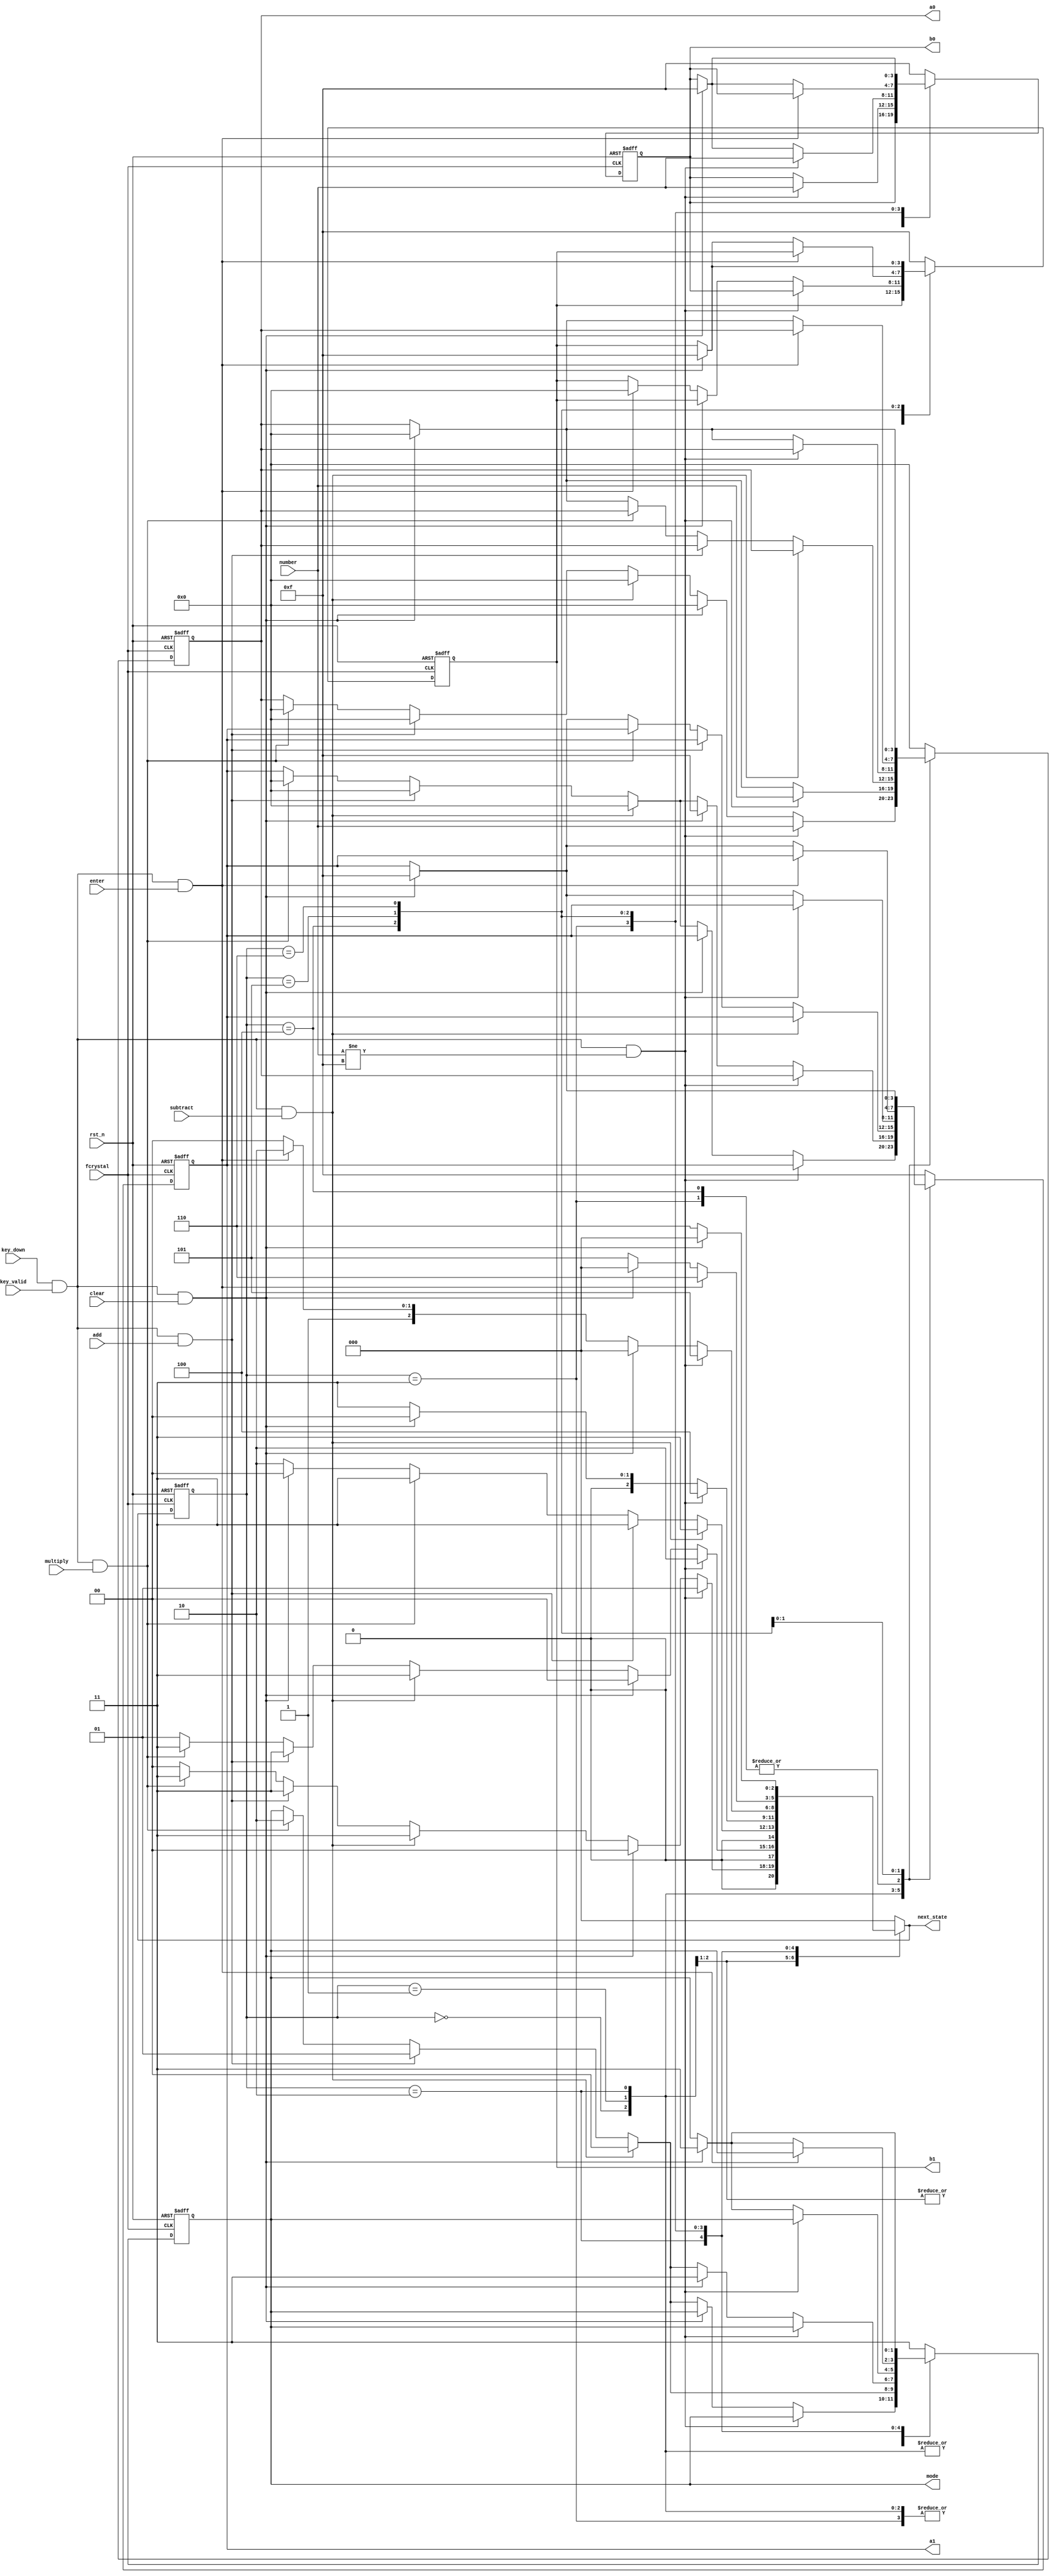
`timescale 1ns / 1ps
//////////////////////////////////////////////////////////////////////////////////
// Company: 
// Engineer: 
// 
// Design Name: 
// Module Name: FSM
// Project Name: 
// Target Devices: 
// Tool Versions: 
// Description: 
// 
// Dependencies: 
// 
// Revision:
// Revision 0.01 - File Created
// Additional Comments:
// 
//////////////////////////////////////////////////////////////////////////////////

`define IN_A0 3'd0
`define IN_A1 3'd1
`define A_DONE 3'd2
`define MODE  3'd3
`define IN_B0 3'd4
`define B_DONE 3'd5
`define ENTER 3'd6


`define M_S 2'd0
`define M_A 2'd1
`define M_M 2'd2 
`define M_N 2'd3 // NONE

module FSM(
    input fcrystal,
    input rst_n,
    input key_valid,
    input [511:0] key_down,
    input [3:0] number,
    input add,
    input subtract,
    input multiply,
    input enter,
    input clear,
    output reg [3:0] a0,
    output reg [3:0] a1,
    output reg [3:0] b0,
    output reg [3:0] b1,
    output reg [1:0] mode,
    output reg [2:0] next_state
    );
    
    reg [2:0] state;
    reg [1:0] mode_t;
    reg [3:0] a0_t, a1_t, b0_t, b1_t;
    
    always @* begin
        
        case (state)
            `IN_A0: begin
                if (key_down && key_valid && number != 4'd15) begin
                    a0_t = number;
                    a1_t = a1;
                    b0_t = b0;
                    b1_t = b1;
                    mode_t = mode;
                    next_state = `IN_A1;
                end
                else if (key_down && key_valid && clear) begin
                    a0_t = 4'd0;
                    a1_t = a1;
                    b0_t = b0;
                    b1_t = b1;
                    mode_t = mode;
                    next_state = `IN_A0;
                end
                else if (key_down && key_valid && subtract) begin
                    a0_t = 4'd0;
                    a1_t = 4'd0;
                    b0_t = b0;
                    b1_t = b1;
                    mode_t = `M_S; 
                    next_state = `MODE;
                end
                else if (key_down && key_valid && add) begin
                    a0_t = 4'd0;
                    a1_t = 4'd0;
                    b0_t = b0;
                    b1_t = b1;
                    mode_t = `M_A; 
                    next_state = `MODE;
                end
                else if (key_down && key_valid && multiply) begin
                    a0_t = 4'd0;
                    a1_t = 4'd0;
                    b0_t = b0;
                    b1_t = b1;
                    mode_t = `M_M; 
                    next_state = `MODE;
                end
                else begin
                    a0_t = a0;
                    a1_t = a1;
                    b0_t = b0;
                    b1_t = b1;
                    mode_t = mode;
                    next_state = `IN_A0;
                end
             end
            `IN_A1: begin
                if (key_down && key_valid && number != 4'd15) begin
                    a1_t = a0;
                    a0_t = number;
                    b0_t = b0;
                    b1_t = b1;
                    mode_t = mode;
                    next_state = `A_DONE;
                end
                else if (key_down && key_valid && clear) begin
                    a0_t = 4'd0;
                    a1_t = 4'd15;
                    b0_t = b0;
                    b1_t = b1;
                    mode_t = mode;
                    next_state = `IN_A0;
                end
                else if (key_down && key_valid && subtract) begin
                    a0_t = a0;
                    a1_t = 4'd0;
                    b0_t = b0;
                    b1_t = b1;
                    mode_t = `M_S; 
                    next_state = `MODE;
                end
                else if (key_down && key_valid && add) begin
                    a0_t = a0;
                    a1_t = 4'd0;
                    b0_t = b0;
                    b1_t = b1;
                    mode_t = `M_A; 
                    next_state = `MODE;
                end
                else if (key_down && key_valid && multiply) begin
                    a0_t = a0;
                    a1_t = 4'd0;
                    b0_t = b0;
                    b1_t = b1;
                    mode_t = `M_M; 
                    next_state = `MODE;
                end
                else begin
                    a0_t = a0;
                    a1_t = a1;
                    b0_t = b0;
                    b1_t = b1;
                    mode_t = mode;
                    next_state = `IN_A1;
                end
            end
            `A_DONE: begin
                if (key_down && key_valid && subtract) begin
                    a0_t = a0;
                    a1_t = a1;
                    b0_t = b0;
                    b1_t = b1;
                    mode_t = `M_S; 
                    next_state = `MODE;
                end
                else if (key_down && key_valid && add) begin
                    a0_t = a0;
                    a1_t = a1;
                    b0_t = b0;
                    b1_t = b1;
                    mode_t = `M_A; 
                    next_state = `MODE;
                end
                else if (key_down && key_valid && multiply) begin
                    a0_t = a0;
                    a1_t = a1;
                    b0_t = b0;
                    b1_t = b1;
                    mode_t = `M_M; 
                    next_state = `MODE;
                end
                else if (key_down && key_valid && clear) begin
                    a0_t = 4'd0;
                    a1_t = 4'd15;
                    b0_t = b0;
                    b1_t = b1;
                    mode_t = mode;
                    next_state = `IN_A0;
                end
                else begin
                    a0_t = a0;
                    a1_t = a1;
                    b0_t = b0;
                    b1_t = b1;
                    mode_t = mode;
                    next_state = `A_DONE;
                end
            end
            `MODE: begin
                if (key_down && key_valid && number != 4'd15) begin
                    a0_t = a0;
                    a1_t = a1;
                    b0_t = number;
                    b1_t = b1;
                    mode_t = mode;
                    next_state = `IN_B0;
                end
                else if (key_down && key_valid && clear) begin
                    a0_t = 4'd0;
                    a1_t = 4'd15;
                    b0_t = b0;
                    b1_t = b1;
                    mode_t = `M_N;
                    next_state = `IN_A0;
                end
                else if (key_down && key_valid && subtract) begin
                    a0_t = a0;
                    a1_t = a1;
                    b0_t = b0;
                    b1_t = b1;
                    mode_t = `M_S; 
                    next_state = `MODE;
                end
                else if (key_down && key_valid && add) begin
                    a0_t = a0;
                    a1_t = a1;
                    b0_t = b0;
                    b1_t = b1;
                    mode_t = `M_A; 
                    next_state = `MODE;
                end
                else if (key_down && key_valid && multiply) begin
                    a0_t = a0;
                    a1_t = a1;
                    b0_t = b0;
                    b1_t = b1;
                    mode_t = `M_M;
                    next_state = `MODE;
                end
                else begin
                    a0_t = a0;
                    a1_t = a1;
                    b0_t = b0;
                    b1_t = b1;
                    mode_t = mode;
                    next_state = `MODE;
                end
            end
            `IN_B0: begin
                if (key_down && key_valid && number != 4'd15) begin
                    a0_t = a0;
                    a1_t = a1;
                    b0_t = number;
                    b1_t = b0;
                    mode_t = mode;
                    next_state = `B_DONE;
                end
                else if (key_down && key_valid && clear) begin
                    a0_t = 4'd0;
                    a1_t = 4'd15;
                    b0_t = 4'd15;
                    b1_t = b1;
                    mode_t = `M_N;
                    next_state = `IN_A0;
                end
                else if (key_down && key_valid && enter) begin
                    a0_t = a0;
                    a1_t = a1;
                    b0_t = b0;
                    b1_t = 4'd0;
                    mode_t = mode;
                    next_state = `ENTER;
                end
                else begin
                    a0_t = a0;
                    a1_t = a1;
                    b0_t = b0;
                    b1_t = b1;
                    mode_t = mode;
                    next_state = `IN_B0;
                end
            end
            `B_DONE: begin
                if (key_down && key_valid && enter) begin
                    a0_t = a0;
                    a1_t = a1;
                    b0_t = b0;
                    b1_t = b1;
                    mode_t = mode;
                    next_state = `ENTER;
                end
                else if (key_down && key_valid && clear) begin
                    a0_t = 4'd0;
                    a1_t = 4'd15;
                    b0_t = 4'd15;
                    b1_t = 4'd15;
                    mode_t = `M_N;
                    next_state = `IN_A0;
                end
                else begin
                    a0_t = a0;
                    a1_t = a1;
                    b0_t = b0;
                    b1_t = b1;
                    mode_t = mode;
                    next_state = `B_DONE;
                end
            end
            `ENTER: begin
                if (key_down && key_valid && clear) begin
                    a0_t = 4'd0;
                    a1_t = 4'd15;
                    b0_t = 4'd15;
                    b1_t = 4'd15;
                    mode_t = `M_N;
                    next_state = `IN_A0;
                end 
                else begin
                    a0_t = a0;
                    a1_t = a1;
                    b0_t = b0;
                    b1_t = b1;
                    mode_t = mode;
                    next_state = `ENTER;
                end
            end
            default: begin
                a0_t = 4'd0;
                a1_t = 4'd15;
                b0_t = 4'd15;
                b1_t = 4'd15;
                mode_t = `M_N;
                next_state = `IN_A0;
            end
        endcase  
    end
    always @(posedge fcrystal or negedge rst_n) 
        if (~rst_n) begin
            a0 <= 4'd0;
            a1 <= 4'd15;
            b0 <= 4'd15;
            b1 <= 4'd15;
            mode <= `M_N;
            state <= `IN_A0;
        end
        else begin
            a0 <= a0_t;
            a1 <= a1_t;
            b0 <= b0_t;
            b1 <= b1_t;
            mode <= mode_t;
            state <= next_state;
        end
endmodule